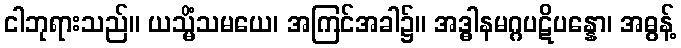
ငါဘုရားသည်။ ယသ္မိံသမယေ၊ အကြင်အခါ၌။ အဒ္ဓါနမဂ္ဂပဋိပန္နော၊ အဓွန့်